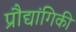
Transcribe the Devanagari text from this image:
प्रौद्यांगिकी